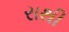
રાથી